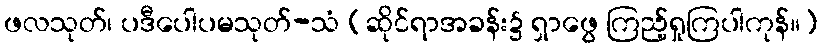
ဖလသုတ်၊ ပဒီပေါပမသုတ်-သံ (ဆိုင်ရာအခန်း၌ ရှာဖွေ ကြည့်ရှုကြပါကုန်။)